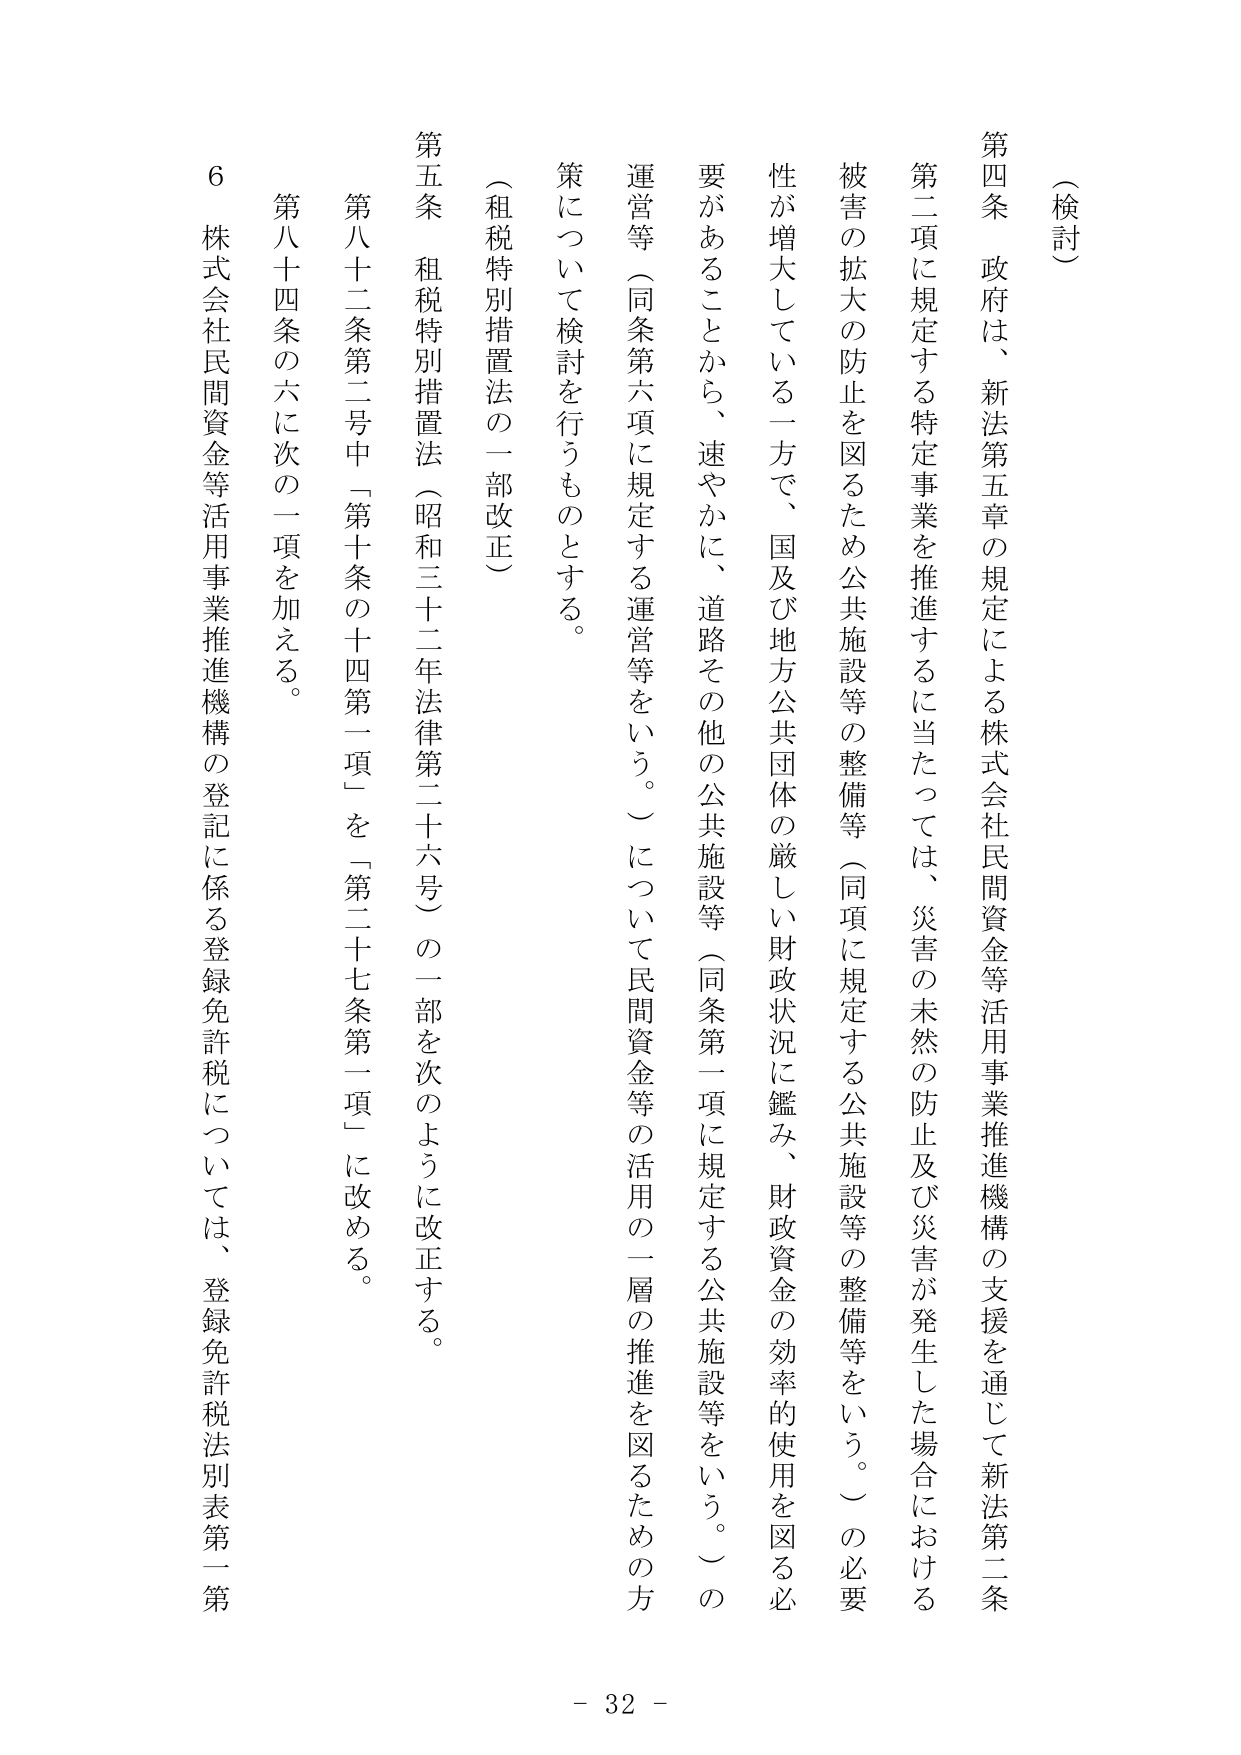
（検討）

第四条　政府は、新法第五章の規定による株式会社民間資金等活用事業推進機構の支援を通じて新法第二条第二項に規定する特定事業を推進するに当たっては、災害の未然の防止及び災害が発生した場合における被害の拡大の防止を図るため公共施設等の整備等（同項に規定する公共施設等の整備等をいう。）の必要性が増大している一方で、国及び地方公共団体の厳しい財政状況に鑑み、財政資金の効率的使用を図る必要があることから、速やかに、道路その他の公共施設等（同条第一項に規定する公共施設等をいう。）の運営等（同条第六項に規定する運営等をいう。）について民間資金等の活用の一層の推進を図るための方策について検討を行うものとする。

（租税特別措置法の一部改正）

第五条　租税特別措置法（昭和三十二年法律第二十六号）の一部を次のように改正する。

　第八十二条第二号中「第十条の十四第一項」を「第二十七条第一項」に改める。

　第八十四条の六に次の一項を加える。

　　６　株式会社民間資金等活用事業推進機構の登記に係る登録免許税については、登録免許税法別表第一第

- 32 -